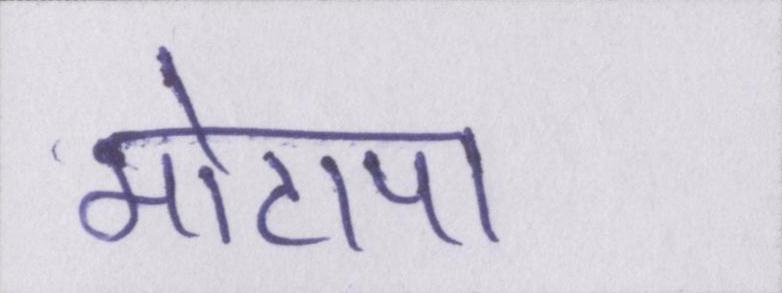
मोटापा